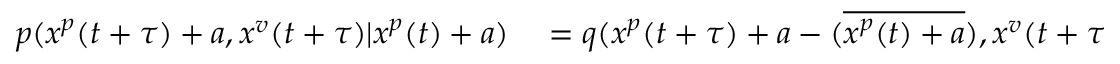
\begin{array} { r l } { p ( x ^ { p } ( t + \tau ) + a , x ^ { v } ( t + \tau ) | x ^ { p } ( t ) + a ) } & { { } = q ( x ^ { p } ( t + \tau ) + a - ( \overline { { x ^ { p } ( t ) + a } } ) , x ^ { v } ( t + \tau ) | x ^ { p } ( t ) + a - ( \overline { { x ^ { p } ( t ) + a } } ) ) } \end{array}